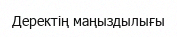
Деректің маңыздылығы